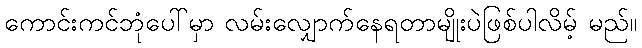
ကောင်းကင်ဘုံပေါ်မှာ လမ်းလျှောက်နေရတာမျိုးပဲဖြစ်ပါလိမ့် မည်။